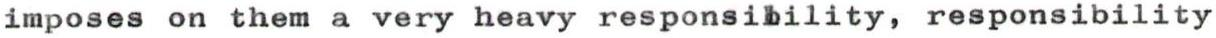
imposes on them a very heavy responsibility, responsibility